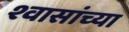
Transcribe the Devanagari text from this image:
श्वासांच्या